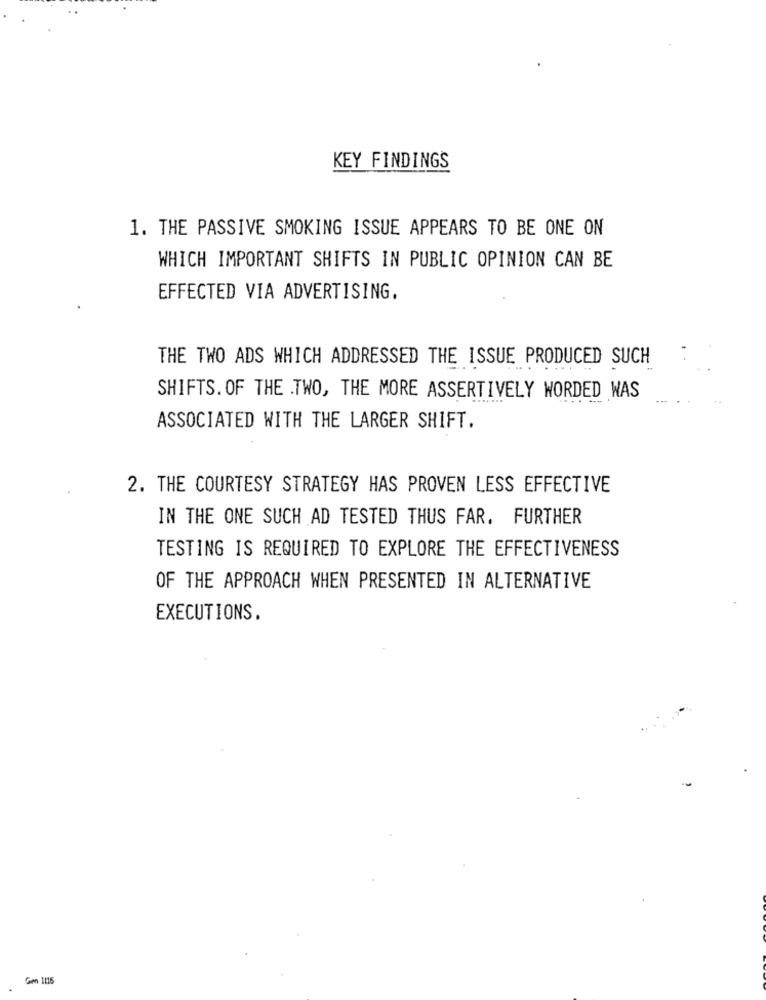
KEY FINDINGS
1. THE PASSIVE SMOKING ISSUE APPEARS TO BE ONE ON
WHICH IMPORTANT SHIFTS IN PUBLIC OPINION CAN BE
EFFECTED VIA ADVERTISING.
THE TWO ADS WHICH ADDRESSED THE ISSUE PRODUCED SUCH
SHIFTS. OF THE TWO, THE MORE ASSERTIVELY WORDED WAS
ASSOCIATED WITH THE LARGER SHIFT.
2. THE COURTESY STRATEGY HAS PROVEN LESS EFFECTIVE
IN THE ONE SUCH AD TESTED THUS FAR. FURTHER
TESTING IS REQUIRED TO EXPLORE THE EFFECTIVENESS
OF THE APPROACH WHEN PRESENTED IN ALTERNATIVE
EXECUTIONS.
Gen 1116